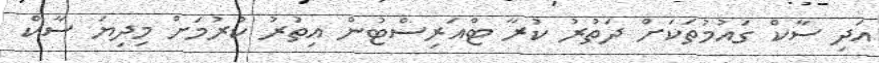
އަދި ސާކް ގައުމުތަކަށް ދަތުރު ކުރާ ޓްއަރިސްޓުން އިތުރު ކުރުމަށް މިދިޔަ ސާކް